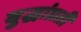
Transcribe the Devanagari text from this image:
बुद्धांप्रती